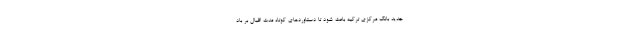
جدید بانک مرکزی ترکیه باعث شود تا دستاوردهای کوتاه مدت اقبال بر باد